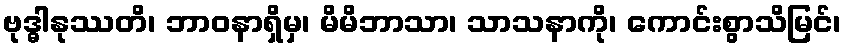
ဗုဒ္ဓါနုဿတိ၊ ဘာဝနာရှိမှ၊ မိမိဘာသာ၊ သာသနာကို၊ ကောင်းစွာသိမြင်၊